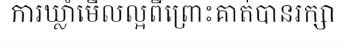
ការឃ្លាំមើលល្អពីព្រោះគាត់បានរក្សា